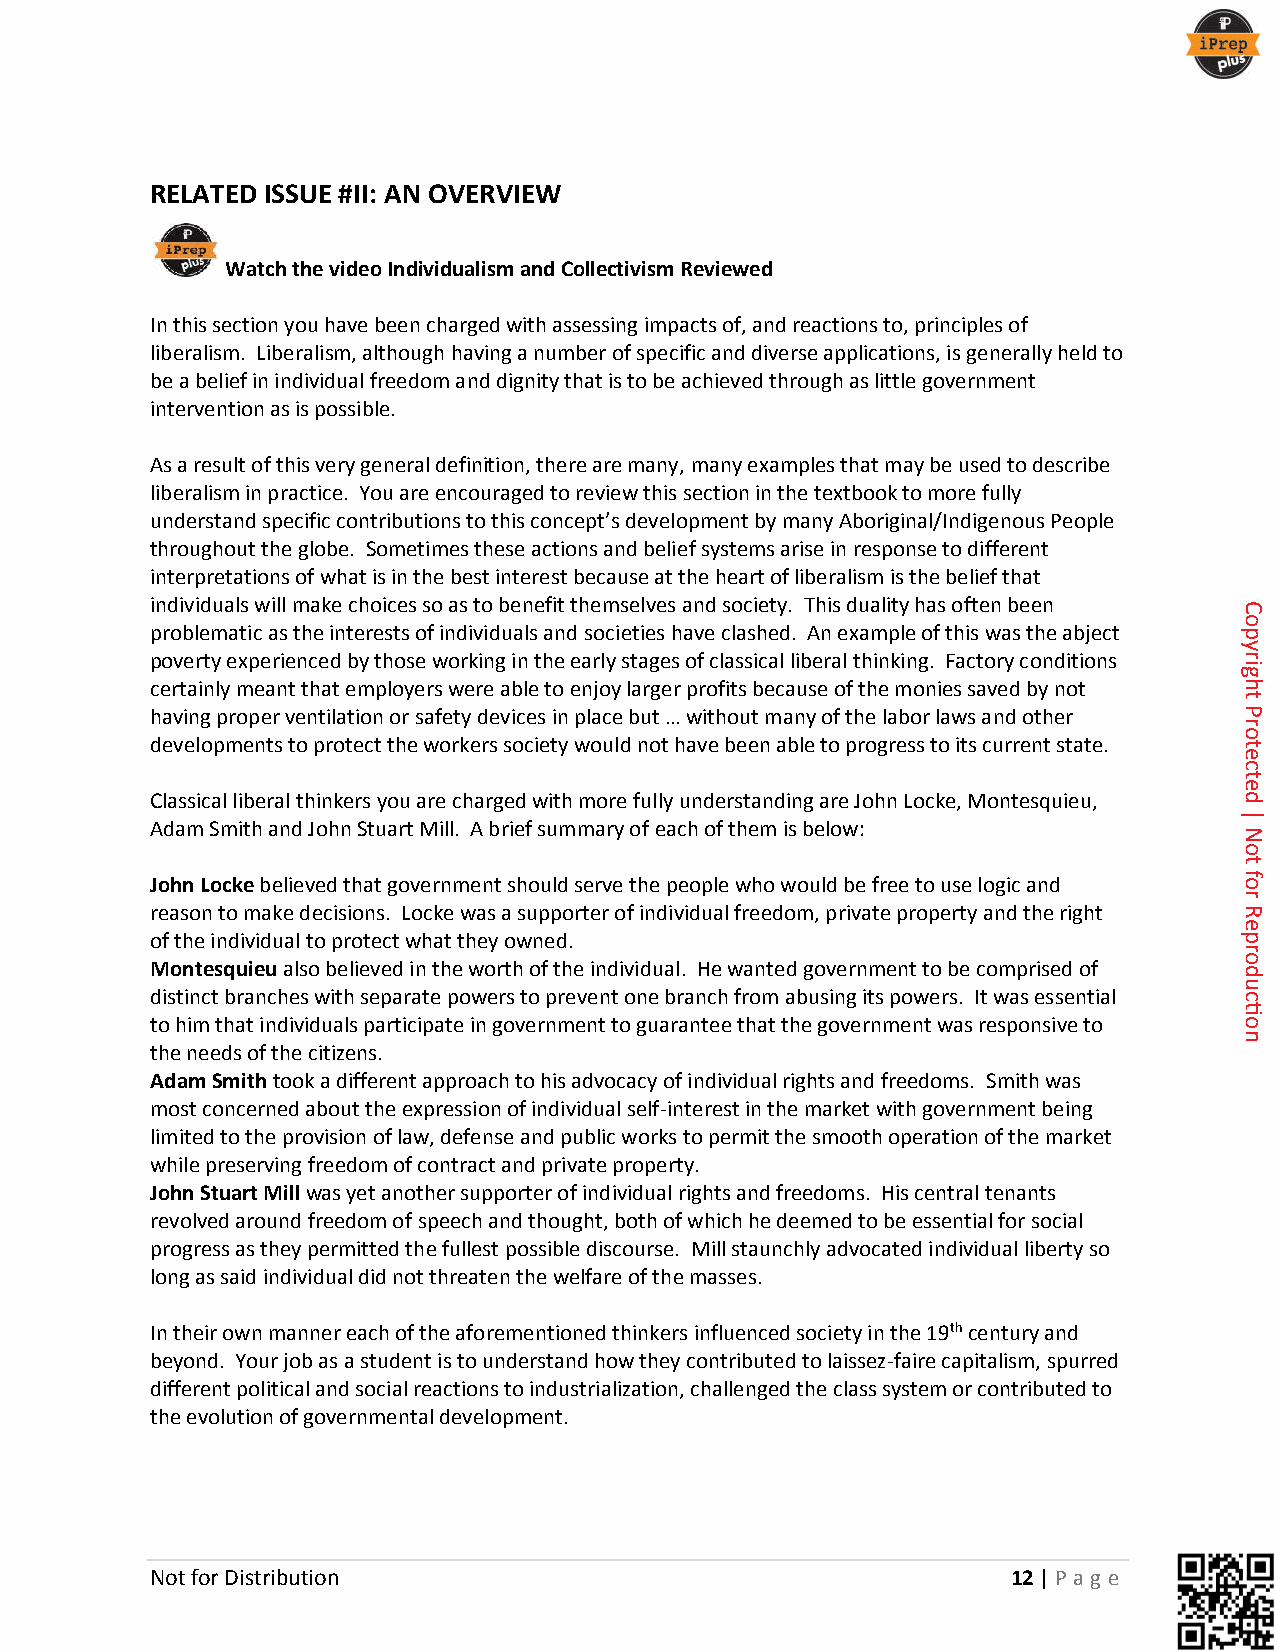
RELATED ISSUE #II: AN OVERVIEW
 Watch the video Individualism and Collectivism Reviewed
 In this section you have been charged with assessing impacts of, and reactions to, principles of
 liberalism. Liberalism, although having a number of specific and diverse applications, is generally held to
 be a belief in individual freedom and dignity that is to be achieved through as little government
 intervention as is possible.
 As a result of this very general definition, there are many, many examples that may be used to describe
 liberalism in practice. You are encouraged to review this section in the textbook to more fully
 understand specific contributions to this concept’s development by many Aboriginal/Indigenous People
 throughout the globe. Sometimes these actions and belief systems arise in response to different
 interpretations of what is in the best interest because at the heart of liberalism is the belief that
 individuals will make choices so as to benefit themselves and society. This duality has often been
 problematic as the interests of individuals and societies have clashed. An example of this was the abject
 poverty experienced by those working in the early stages of classical liberal thinking. Factory conditions
 certainly meant that employers were able to enjoy larger profits because of the monies saved by not
 having proper ventilation or safety devices in place but … without many of the labor laws and other
 developments to protect the workers society would not have been able to progress to its current state.
 Classical liberal thinkers you are charged with more fully understanding are John Locke, Montesquieu,
 Adam Smith and John Stuart Mill. A brief summary of each of them is below:
 John Locke believed that government should serve the people who would be free to use logic and
 reason to make decisions. Locke was a supporter of individual freedom, private property and the right
 of the individual to protect what they owned.
 Montesquieu also believed in the worth of the individual. He wanted government to be comprised of
 distinct branches with separate powers to prevent one branch from abusing its powers. It was essential
 to him that individuals participate in government to guarantee that the government was responsive to
 the needs of the citizens.
 Adam Smith took a different approach to his advocacy of individual rights and freedoms. Smith was
 most concerned about the expression of individual self-interest in the market with government being
 limited to the provision of law, defense and public works to permit the smooth operation of the market
 while preserving freedom of contract and private property.
 John Stuart Mill was yet another supporter of individual rights and freedoms. His central tenants
 revolved around freedom of speech and thought, both of which he deemed to be essential for social
 progress as they permitted the fullest possible discourse. Mill staunchly advocated individual liberty so
 long as said individual did not threaten the welfare of the masses.
 In their own manner each of the aforementioned thinkers influenced society in the 19th century and
 beyond. Your job as a student is to understand how they contributed to laissez-faire capitalism, spurred
 different political and social reactions to industrialization, challenged the class system or contributed to
 the evolution of governmental development.
 Not for Distribution                                     12 | P ag e
 Copyright
 Protected
 |
 Not
 for
 Reproduction